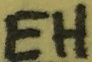
Text: EH